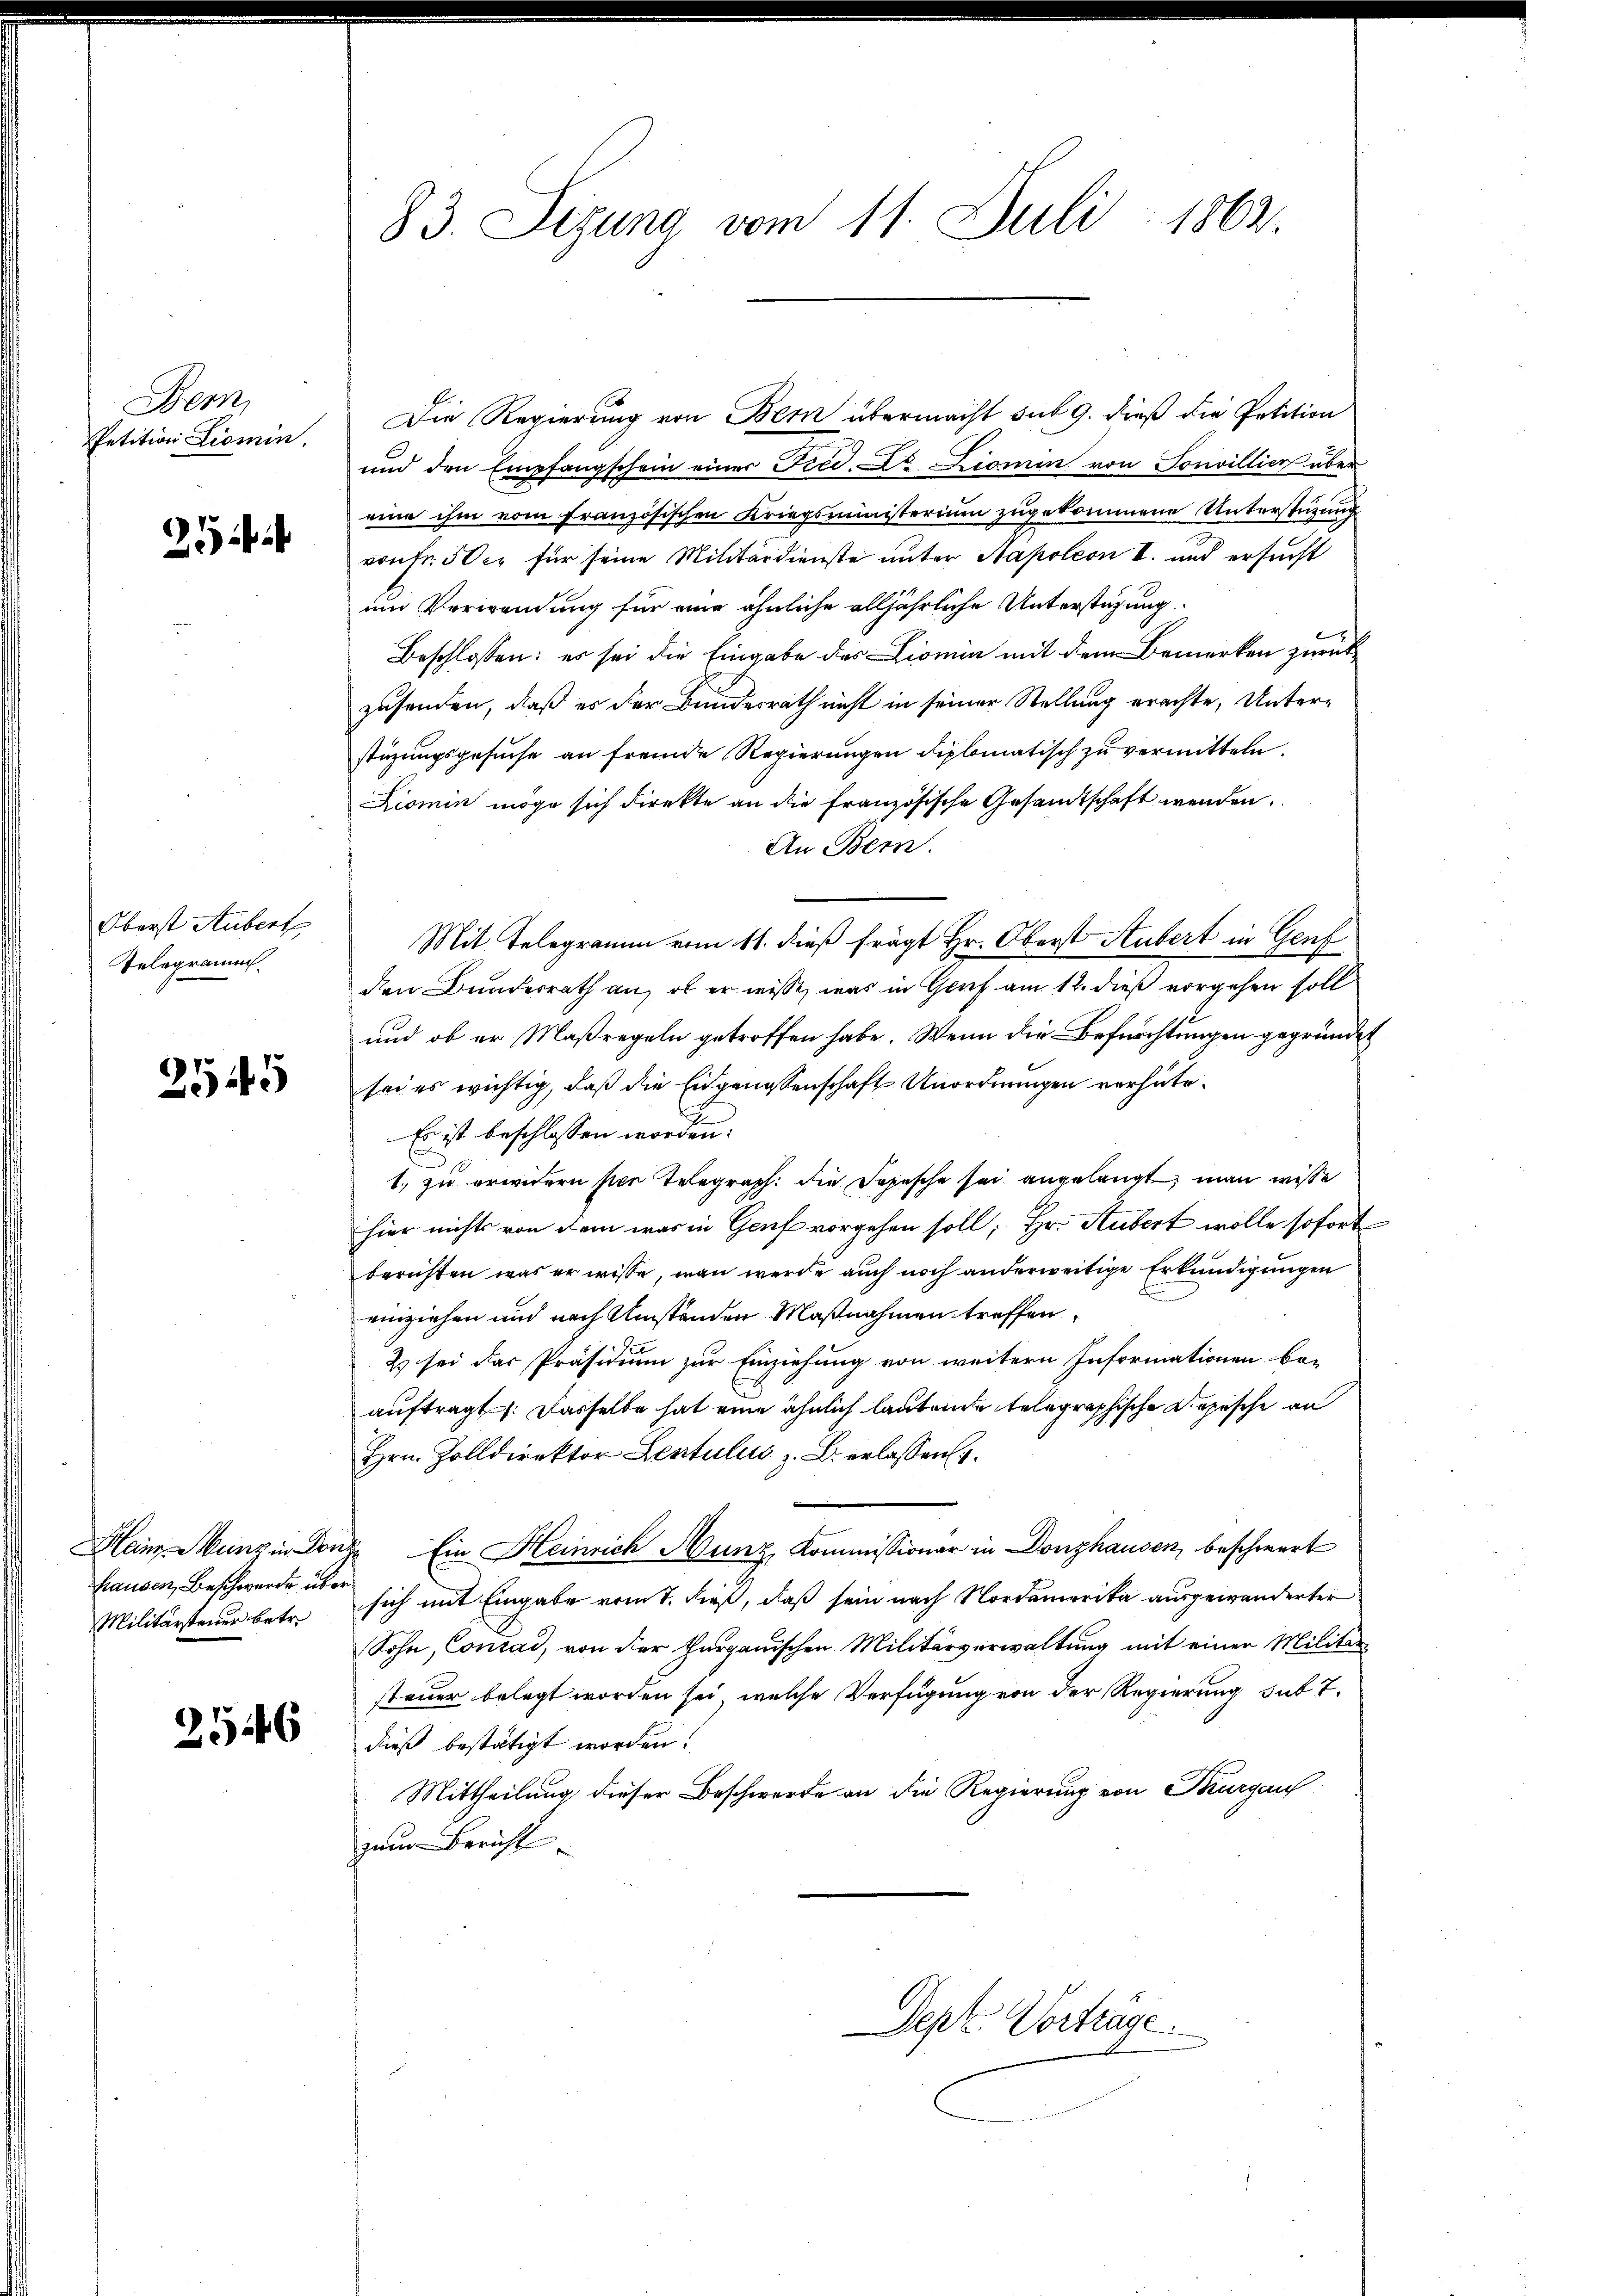
Bem
Petition Liomin

25

Utost Autort
Telegramm

2545

hausen, Beschwerde über
Militärsteuer betr.

2546

83. Sizung vom 11. Juli 1862.

Die Regierung von Bern übermacht sub 9. dieß die Petition
und den Empfangschein einer Fied. Dr iomin von Sonvillier über
eine ihm vom französischen Kriegsministerium zugekommene Unterstüzung
von Fr. 50 xr für seine Militärdienste unter Napoleon I. und ersucht
um Verwendung für eine ähnliche alljährliche Unterstüzung
l
Beschlossen: es sei die Eingabe des Liomin mit dem Bemerken zurückzusenden, daß es der Bundesrath nicht in seiner Stellung erachte, Unterstüzungsgesuche an fremde Regierungen diplomatisch zu vermitteln.
Kiomin möge sich direkte an die Französische Gesandtschaft werden.
An Bern.
Mit Telegramm vom 11. dieß frägt Hr. Oberst Aubert in Genf
den Bundesrath an, ob er wisse, was in Graf am 12. dieß vorgehen soll
und ob er Maßregeln getroffen habe. Wenn die Befürchtungen gegründet
sei es wichtig, daß die Eidgenossenschaft Unordnungen verhüte
Es ist beschlossen worden.
1. zu erwidern per Telegraph. die Depesche sei angelangt, man wisse
hier nichts von dem was in Genf vorgehen soll; Hr. Aubert wolle sofort
beruhten was er wisse, man werde auch noch anderweitige Erkundigungen
einziehen und nach Umständen Maßnahmen treffen.
Es sei das Präsidium zur Einziehung von weitern Informationen beauftragt: Dasselbe hat eine ähnlich lautende telegraphische Repische an
Hrn. Zolldirektor Lentulus z. B. erlassen.
Heim Munzin Conze Ein Heinrich unz Kommissionar in Donzhausen, beschwert
sich mit Eingabe vom 7. dieß, daß sein nach Nordamerika ausgewanderter
Sohn, Conrad, von der thurgauischen Militärverwaltung mit einer Militar-
steuer belegt worden sei, welche Verfügung von der Regierung sub 7.
dieß bestätigt worden.
Mittheilung dieser Beschwerde an die Regierung von Burgau
zum Bericht

Dept. Vorträge.